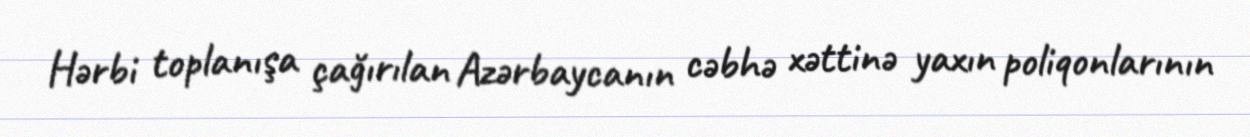
Hərbi toplanışa çağırılan Azərbaycanın cəbhə xəttinə yaxın poliqonlarının